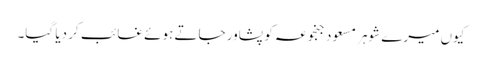
کیوں میرے شوہر مسعود جنجوعہ کو پشاور جاتے ہوئے غائب کر دیا گیا۔